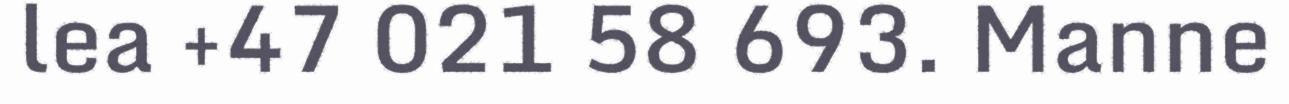
lea +47 021 58 693. Manne